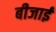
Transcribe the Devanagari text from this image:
बीजाई